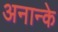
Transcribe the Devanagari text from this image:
अनान्के